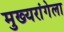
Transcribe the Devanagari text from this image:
मुख्यरांगेला